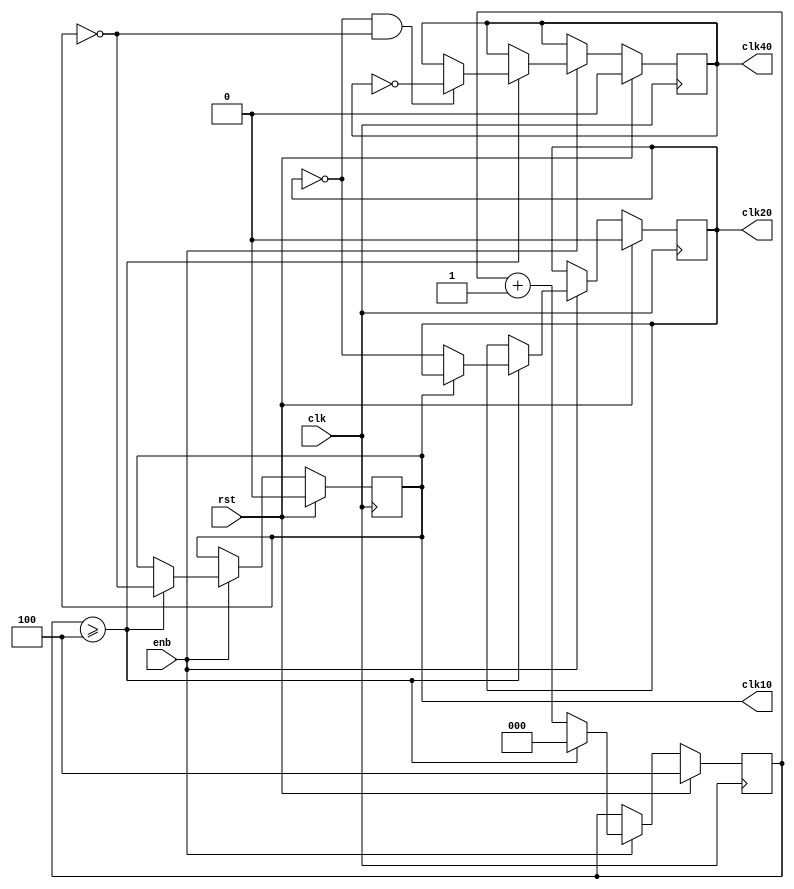
`timescale 1ns/1ps

// Este mdulo se encarga de generar las seales de reloj del
// dispositivo a partir de la seal de mayor frecuencia que se
// utilice(ej 2.5G, 5G).
module clks(
  clk, rst, enb,
  clk10, clk20, clk40
);
  //parametro para selecionar posicion en la memoria de contador
  parameter PwrC=0;

  input wire clk;
  input wire rst;
  input wire enb;

  output reg clk10;
  output reg clk20;
  output reg clk40;

  reg [2:0] cnt10;

  always @ (posedge clk) begin
    if (rst) begin
      cnt10 <= 3'd4;
      clk10 <= 1'b0;
      clk20 <= 1'b0;
      clk40 <= 1'b0;
    end else begin
      if (enb) begin
        if (cnt10 >= 3'd4) begin
          cnt10 <= 3'd0;
          clk10 <= ~clk10;
          if (~clk10) clk20 <= ~clk20;
          if (~clk20 & ~clk10) clk40 <= ~clk40;
        end else begin
          cnt10 <= cnt10 + 1'b1;
        end
      end
    end
  end
endmodule